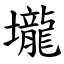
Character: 壠